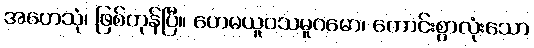
အဟေသုံ၊ ဖြစ်ကုန်ပြီ။ ဟေမယူပသမူဂမော၊ ကောင်းစွာလုံးသော